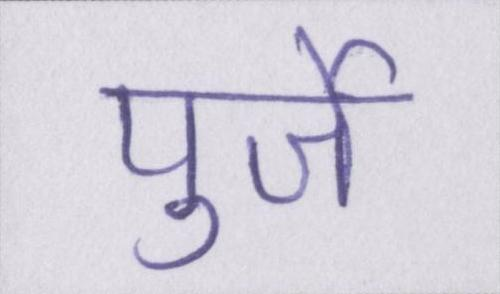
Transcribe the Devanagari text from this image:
पुर्जे